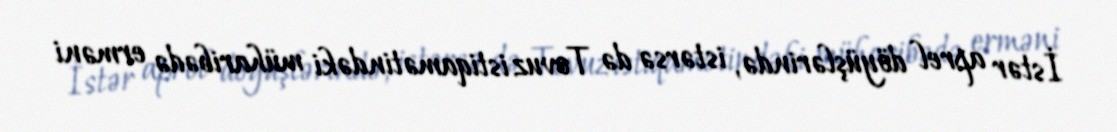
İstər aprel döyüşlərində, istərsə də Tovuz istiqamətindəki müharibədə erməni